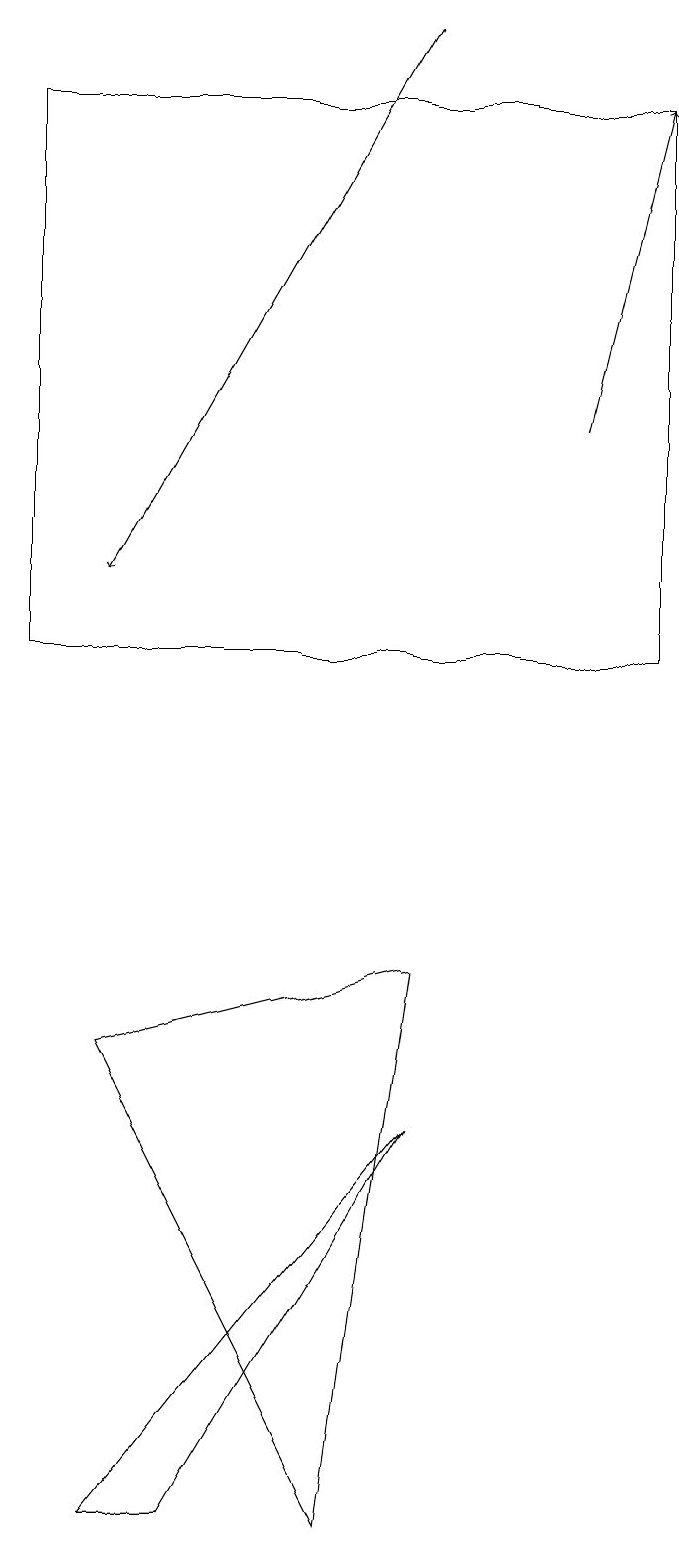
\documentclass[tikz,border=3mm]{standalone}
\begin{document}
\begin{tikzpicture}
\draw (3,0) -- (2,0) -- (6,5) -- cycle;
\draw[->] (8,14) -- (9,18);
\draw (1,18) rectangle (9,11);
\draw (5,0) -- (2,6) -- (6,7) -- cycle;
\draw[->] (6,19) -- (2,12);
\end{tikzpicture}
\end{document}